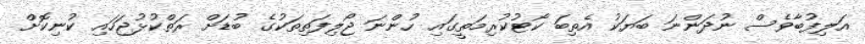
އަލިފުބާވެސް ނުދަންނަ ބަޔަކު އެތިބަ ކޯޓުކުރިމަތީގައި ހުންނަ ޖޯލިފަތިތަކުގެ ބުޑަށް ރަތްކުޅުޖަހައި ކުނިކޮށް